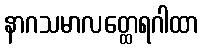
နာဂသမာလတ္ထေရဂါထာ